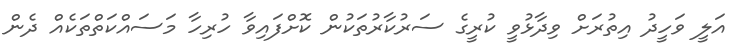
އަލީ ވަހީދު އިތުރަށް ވިދާޅުވީ ކުރީގެ ސަރުކާރުތަކުން ކޮށްފައިވާ ހުރިހާ މަސައްކަތްތަކެއް ދެން